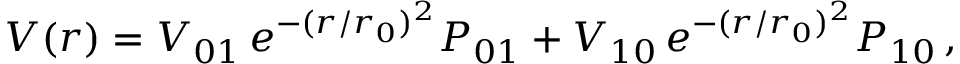
V ( r ) = V _ { 0 1 } \, e ^ { - ( r / r _ { 0 } ) ^ { 2 } } { \cal P } _ { 0 1 } + V _ { 1 0 } \, e ^ { - ( r / r _ { 0 } ) ^ { 2 } } { \cal P } _ { 1 0 } \, ,